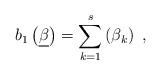
LaTeX: \begin{align*}b_{1}\left( \underline{\beta }\right) =\sum_{k=1}^{s}\left( \beta_{k}\right) ~, \end{align*}